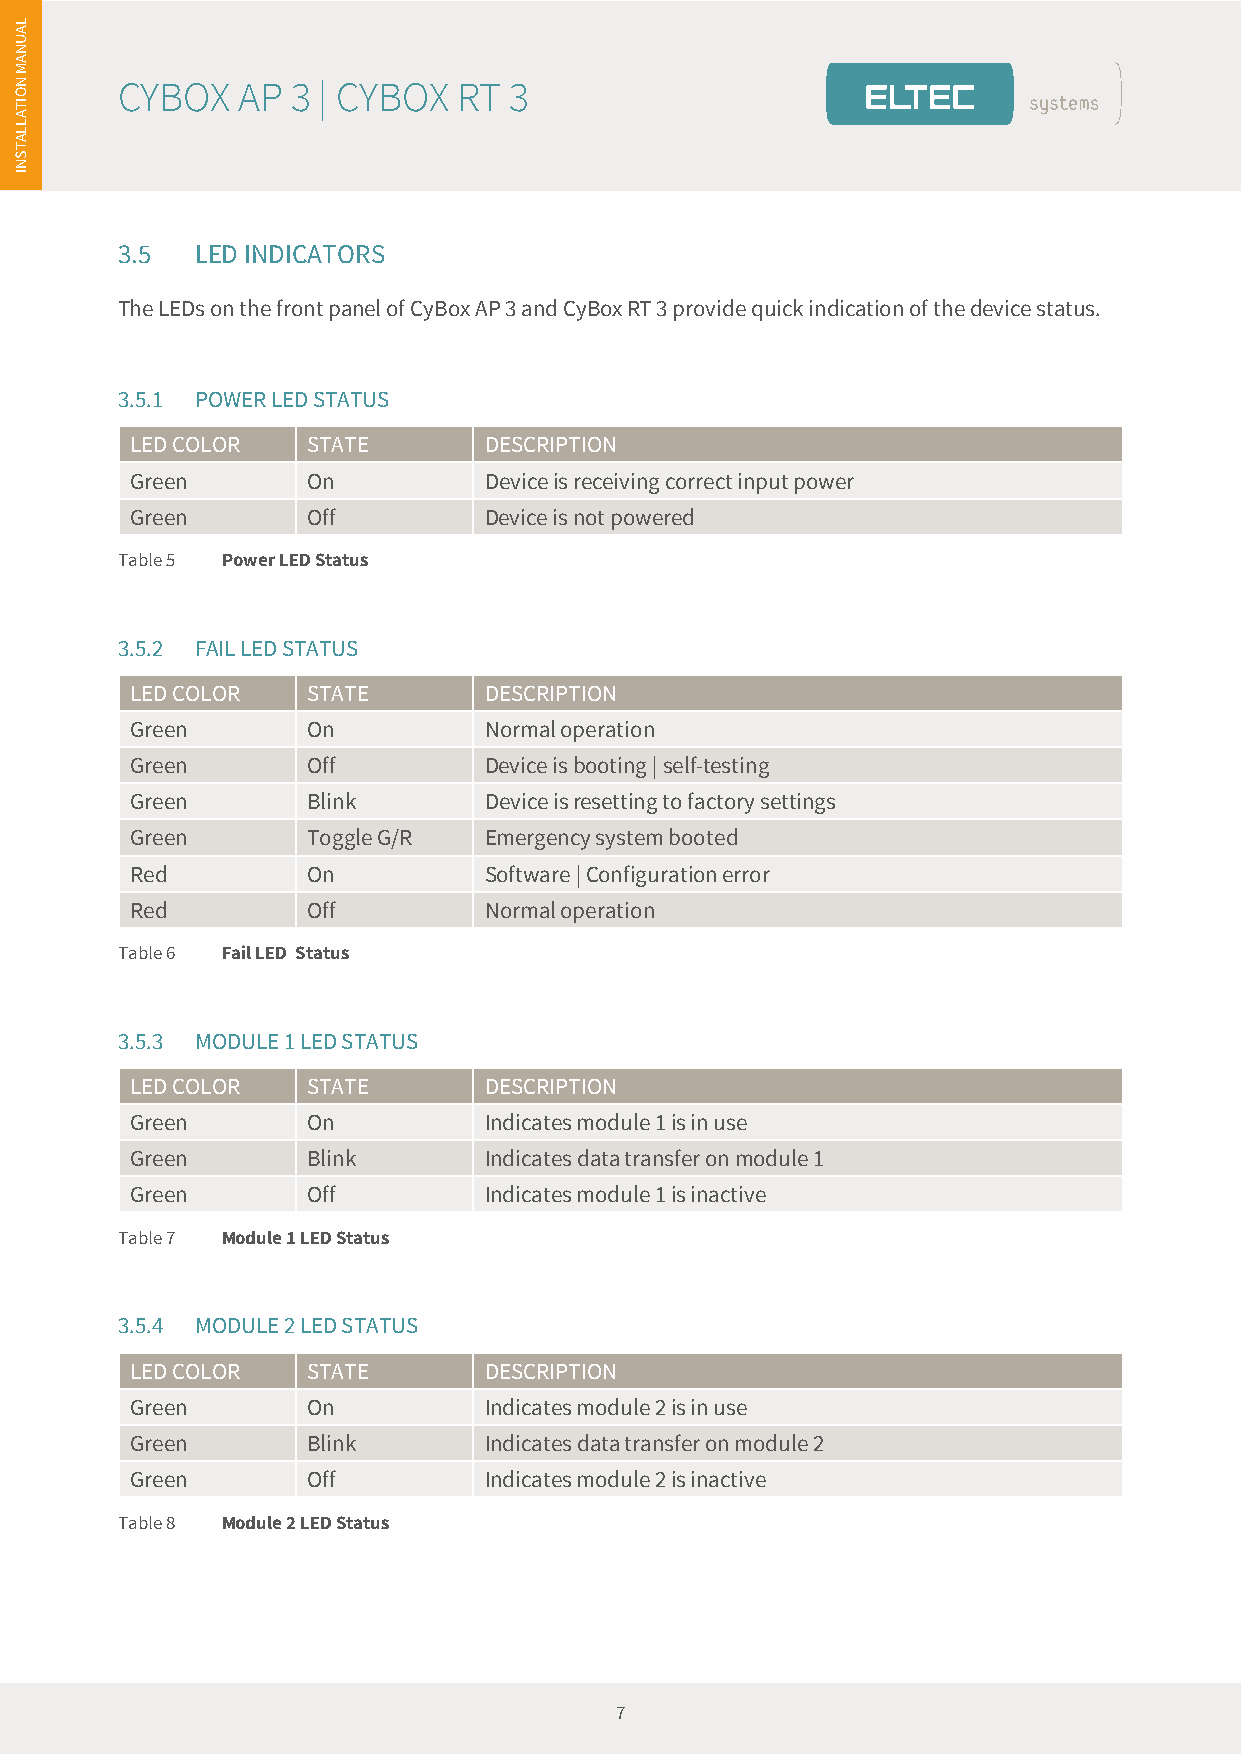
es
 L
 A
 U
 N
 A
 N
 M
 CYBOX   AP 3 | CYBOX  RT  3
 O
 TI
 A
 L
 L
 A
 T
 S
 N
 I
 3.5  LED INDICATORS
 The LEDs on the front panel of CyBox AP 3 and CyBox RT 3 provide quick indication of the device status.
 3.5.1 POWER LED STATUS
 LED COLOR  STATE       DESCRIPTION
 Green      On          Device is receiving correct input power
 Green      Off         Device is not powered
 Table 5 Power LED Status
 3.5.2 FAIL LED STATUS
 LED COLOR  STATE       DESCRIPTION
 Green      On          Normal operation
 Green      Off         Device is booting | self-testing
 Green      Blink       Device is resetting to factory settings
 Green      Toggle G/R  Emergency system booted
 Red        On          Software | Configuration error
 Red        Off         Normal operation
 Table 6 Fail LED Status
 3.5.3 MODULE 1 LED STATUS
 LED COLOR  STATE       DESCRIPTION
 Green      On          Indicates module 1 is in use
 Green      Blink       Indicates data transfer on module 1
 Green      Off         Indicates module 1 is inactive
 Table 7 Module 1 LED Status
 3.5.4 MODULE 2 LED STATUS
 LED COLOR  STATE       DESCRIPTION
 Green      On          Indicates module 2 is in use
 Green      Blink       Indicates data transfer on module 2
 Green      Off         Indicates module 2 is inactive
 Table 8 Module 2 LED Status
 7